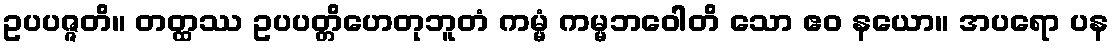
ဥပပဇ္ဇတိ။ တတ္ထဿ ဥပပတ္တိဟေတုဘူတံ ကမ္မံ ကမ္မဘဝေါတိ သော ဧဝ နယော။ အပရော ပန